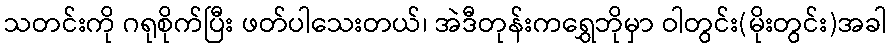
သတင်းကို ဂရုစိုက်ပြီး ဖတ်ပါသေးတယ်၊ အဲဒီတုန်းကရွှေဘိုမှာ ဝါတွင်း(မိုးတွင်း)အခါ